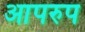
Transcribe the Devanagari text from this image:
आपरुप